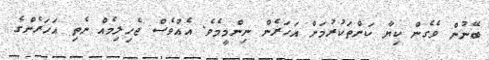
ބޭނުން ވެގެން ކިޔާ ކަންތަކުރުމަށް އަހަރެން ނިންމީމެވެ. އެއްވެސް ޖެހިލިމެއް ނެތި އަހަރެންގެ